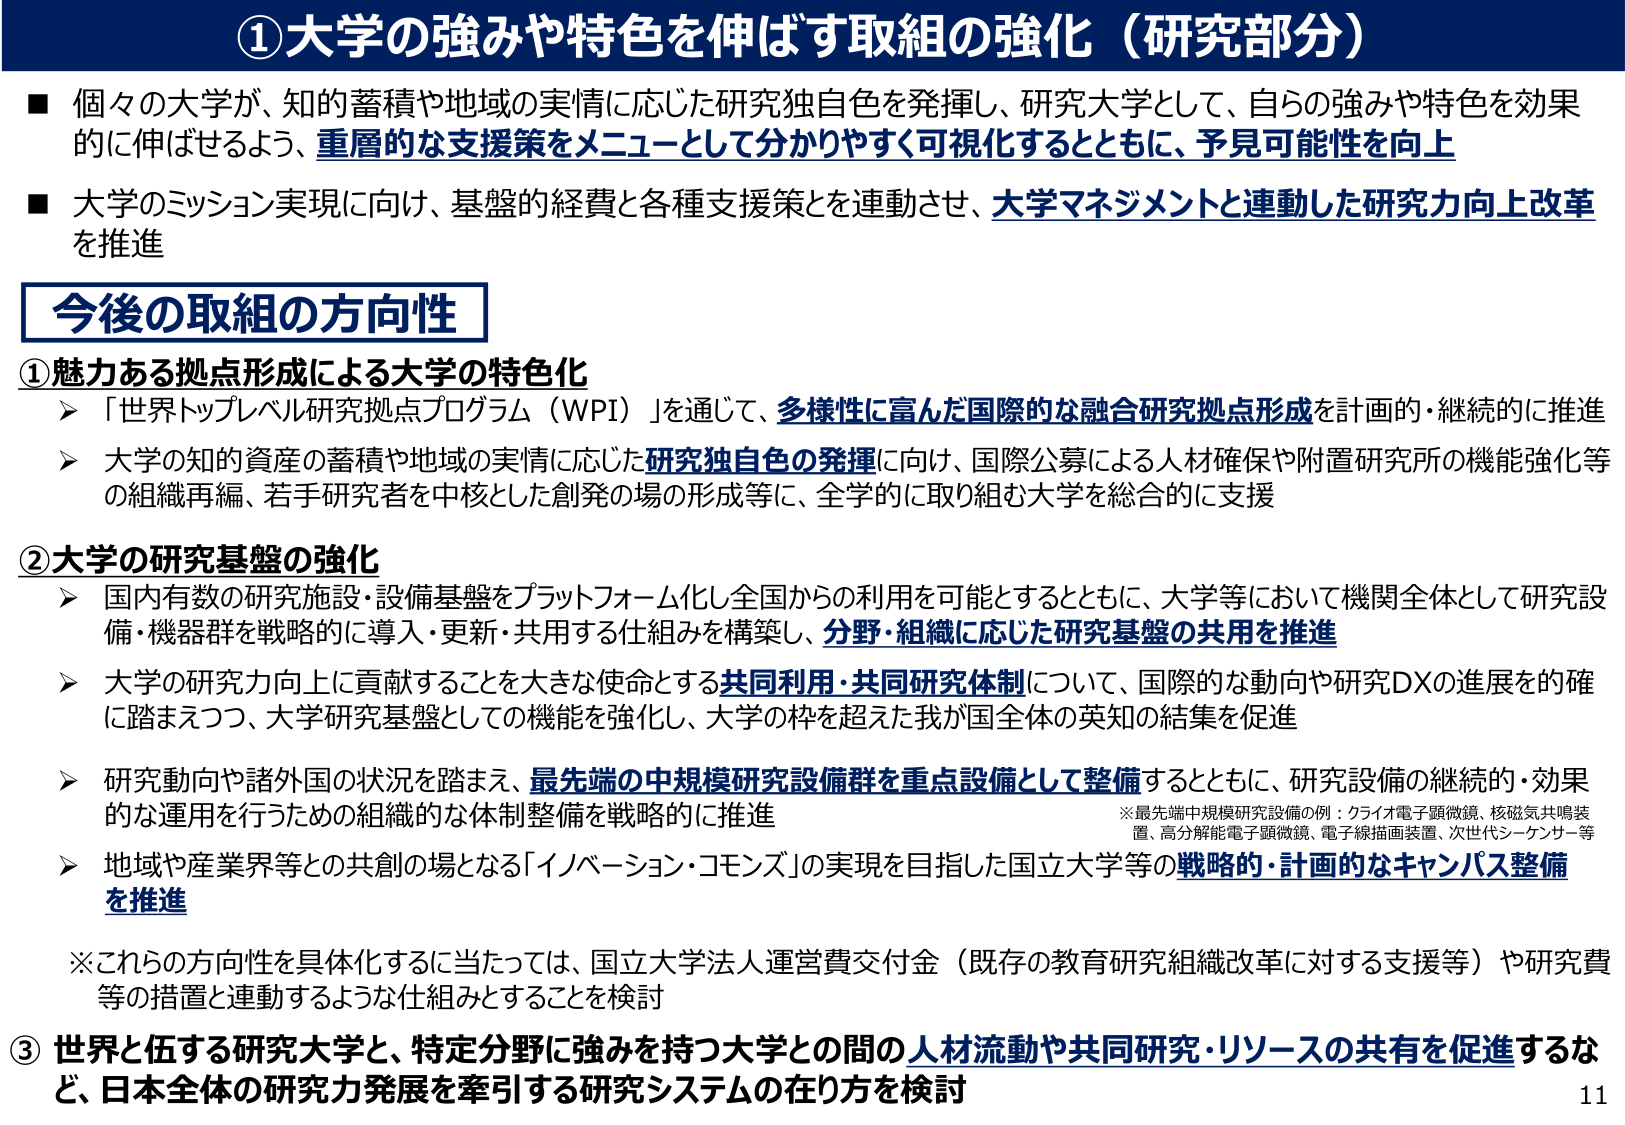
①大学の強みや特色を伸ばす取組の強化（研究部分）

■ 個々の大学が、知的蓄積や地域の実情に応じた研究独自色を発揮し、研究大学として、自らの強みや特色を効果的に伸ばせるよう、重層的な支援策をメニューとして分かりやすく可視化するとともに、予見可能性を向上

■ 大学のミッション実現に向け、基盤的経費と各種支援策とを連動させ、大学マネジメントと連動した研究力向上改革を推進

今後の取組の方向性

①魅力ある拠点形成による大学の特色化
➤ 「世界トップレベル研究拠点プログラム（WPI）」を通じて、多様性に富んだ国際的な融合研究拠点形成を計画的・継続的に推進
➤ 大学の知的資産の蓄積や地域の実情に応じた研究独自色の発揮に向け、国際公募による人材確保や附属研究所の機能強化等の組織再編、若手研究者を中核とした創発の場の形成等に、全学的に取り組む大学を総合的に支援

②大学の研究基盤の強化
➤ 国内有数の研究施設・設備基盤をプラットフォーム化し全国からの利用を可能とするとともに、大学等において機関全体として研究設備・機器群を戦略的に導入・更新・共用する仕組みを構築し、分野・組織に応じた研究基盤の共用を推進
➤ 大学の研究力向上に貢献することを大きな使命とする共同利用・共同研究体制について、国際的な動向や研究DXの進展を的確に踏まえつつ、大学研究基盤としての機能を強化し、大学の枠を超えた我が国全体の英知の結集を促進
➤ 研究動向や諸外国の状況を踏まえ、最先端の中規模研究設備群を重点設備として整備するとともに、研究設備の継続的・効果的な運用を行うための組織的な体制整備を戦略的に推進
※最先端中規模研究設備の例：クライオ電子顕微鏡、核磁気共鳴装置、高分解能電子顕微鏡、電子線描画装置、次世代シーケンサー等
➤ 地域や産業界等との共創の場となる「イノベーション・コモンズ」の実現を目指した国立大学等の戦略的・計画的なキャンパス整備を推進

※これらの方針性を具体化するに当たっては、国立大学法人運営費交付金（既存の教育研究組織改革に対する支援等）や研究費等の措置と連動するような仕組みとすることを検討

③ 世界と伍する研究大学と、特定分野に強みを持つ大学との間の人材流動や共同研究・リソースの共有を促進するなど、日本全体の研究力発展を牽引する研究システムの在り方を検討

11